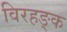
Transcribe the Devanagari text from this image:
विरहङ्क